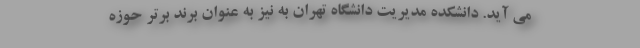
می آید. دانشکده مدیریت دانشگاه تهران به نیز به عنوان برند برتر حوزه